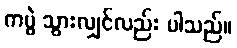
ကပွဲ သွားလျှင်လည်း ပါသည်။